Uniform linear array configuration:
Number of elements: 48
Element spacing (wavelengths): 0.5
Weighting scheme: blackman
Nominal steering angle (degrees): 45
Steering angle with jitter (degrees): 45.215
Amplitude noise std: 0.05
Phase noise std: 0.05

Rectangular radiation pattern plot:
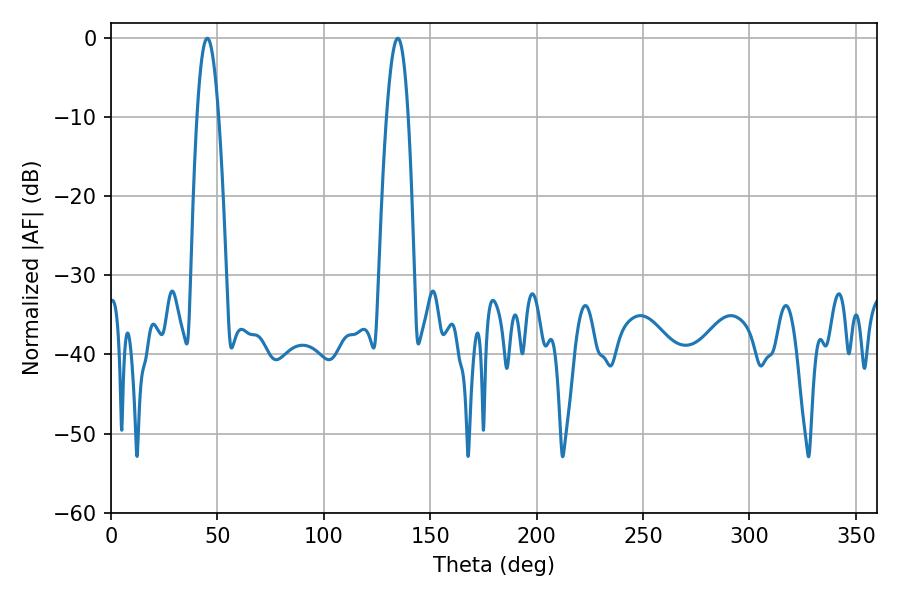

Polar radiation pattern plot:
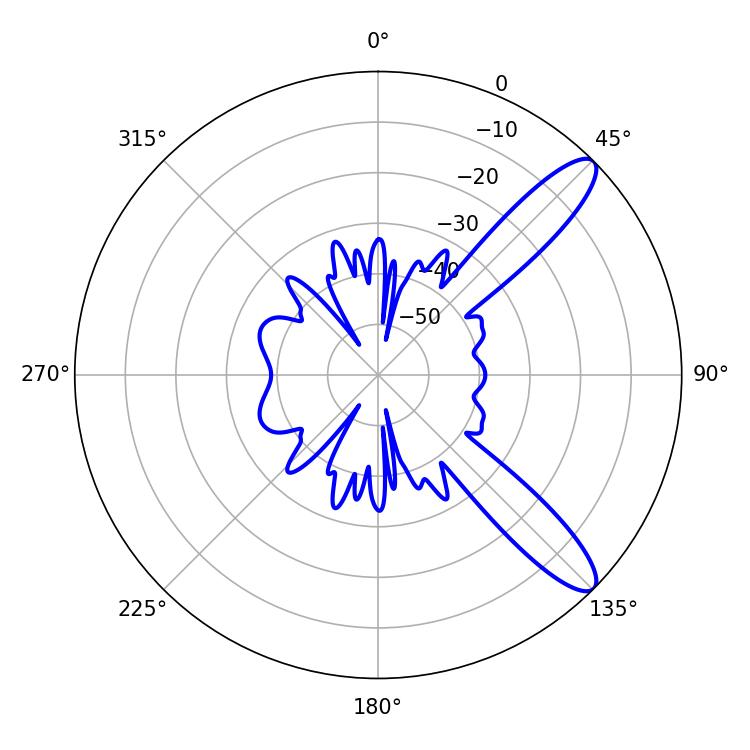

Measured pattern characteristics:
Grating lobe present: FALSE
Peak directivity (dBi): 11.253
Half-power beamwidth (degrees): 5.58
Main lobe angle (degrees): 45.18